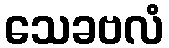
သေခဗလံ